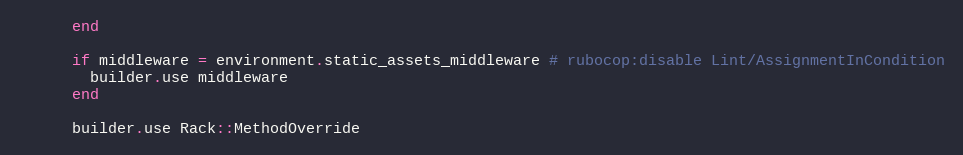
Language: Ruby
      end

      if middleware = environment.static_assets_middleware # rubocop:disable Lint/AssignmentInCondition
        builder.use middleware
      end

      builder.use Rack::MethodOverride